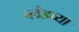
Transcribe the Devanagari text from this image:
ब्लेडच्या